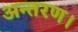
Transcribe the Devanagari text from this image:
अन्तरण।